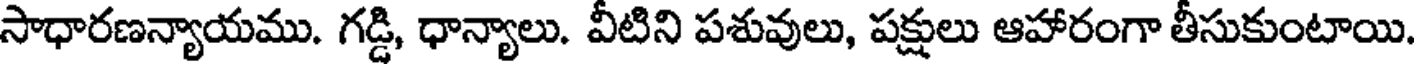
సాధారణన్యాయము. గడ్డి, ధాన్యాలు. వీటిని పశువులు, పక్షులు ఆహారంగా తీసుకుంటాయి